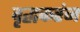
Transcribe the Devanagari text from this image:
वृद्धकरंज